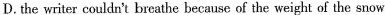
D.the writer couldn't breathe because of the weight of the snow